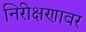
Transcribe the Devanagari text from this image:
निरीक्षणावर